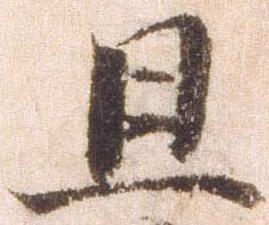
旦